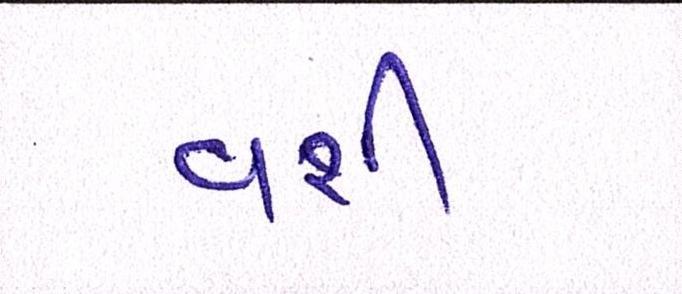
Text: વશી